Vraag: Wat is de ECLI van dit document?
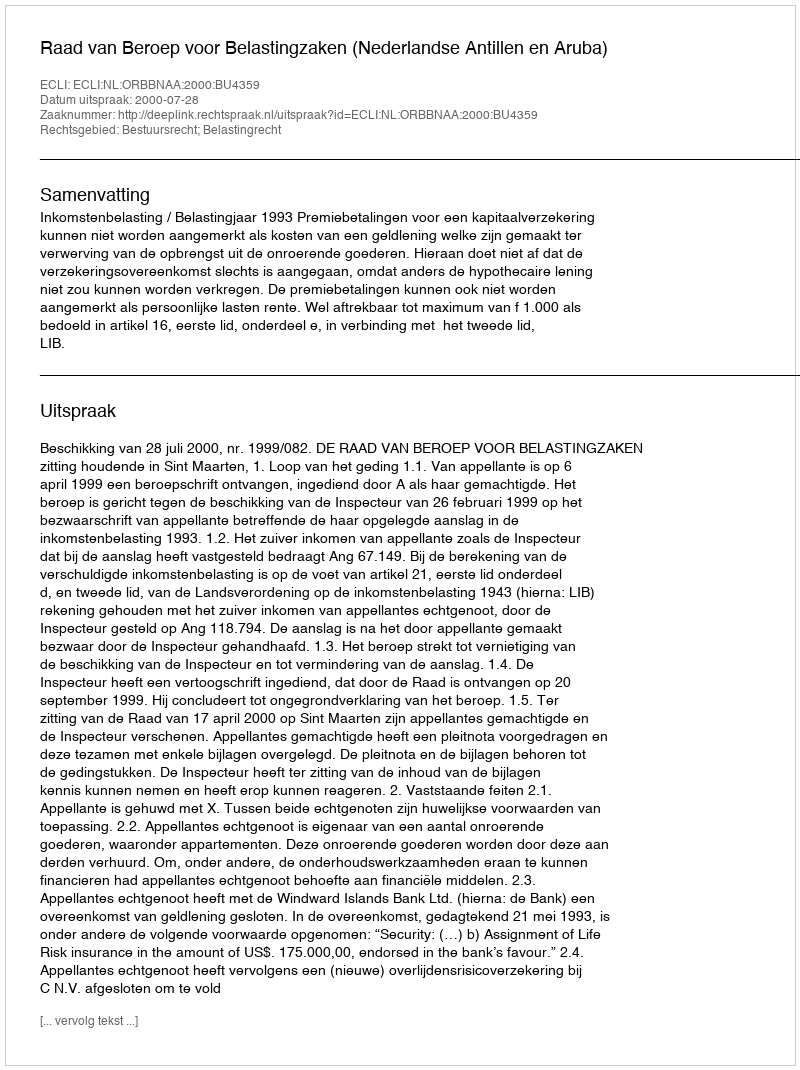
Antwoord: ECLI:NL:ORBBNAA:2000:BU4359